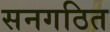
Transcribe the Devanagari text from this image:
सनगठित